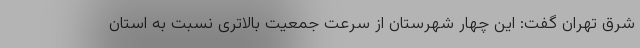
شرق تهران گفت: این چهار شهرستان از سرعت جمعیت بالاتری نسبت به استان